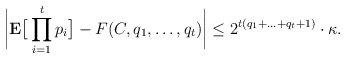
LaTeX: \begin{align*}\bigg| \mathbf{E}\big[\prod_{i=1}^t p_i \big] - F(C, q_1, \ldots, q_t) \bigg| \le 2^{t (q_1 + \ldots + q_t+1)} \cdot \kappa. \end{align*}